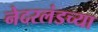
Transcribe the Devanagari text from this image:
नेदरलंडच्या